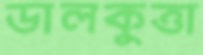
ডালকুত্তা